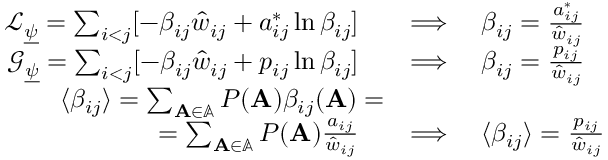
\begin{array} { r l } { \mathcal { L } _ { \underline { { \psi } } } = \sum _ { i < j } [ - \beta _ { i j } \hat { w } _ { i j } + a _ { i j } ^ { * } \ln \beta _ { i j } ] \quad } & { \Longrightarrow \quad \beta _ { i j } = \frac { a _ { i j } ^ { * } } { \hat { w } _ { i j } } } \\ { \mathcal { G } _ { \underline { { \psi } } } = \sum _ { i < j } [ - \beta _ { i j } \hat { w } _ { i j } + p _ { i j } \ln \beta _ { i j } ] \quad } & { \Longrightarrow \quad \beta _ { i j } = \frac { p _ { i j } } { \hat { w } _ { i j } } } \\ { \langle \beta _ { i j } \rangle = \sum _ { \mathbf { A } \in \mathbb { A } } P ( \mathbf { A } ) \beta _ { i j } ( \mathbf { A } ) = } \\ { = \sum _ { \mathbf { A } \in \mathbb { A } } P ( \mathbf { A } ) \frac { a _ { i j } } { \hat { w } _ { i j } } \quad } & { \Longrightarrow \quad \langle \beta _ { i j } \rangle = \frac { p _ { i j } } { \hat { w } _ { i j } } } \end{array}